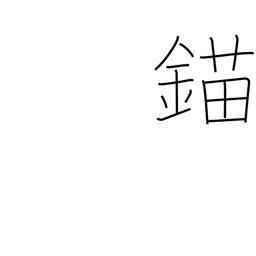
Meaning: anchor